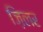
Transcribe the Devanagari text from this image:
ज़िलर